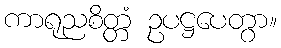
ကာရုညစိတ္တံ ဥပဋ္ဌပေတွာ။